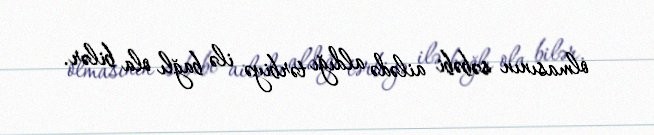
olmasının səbəbi ailədə aldığı tərbiyə ilə bağlı ola bilər.